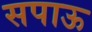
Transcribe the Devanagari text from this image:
सपाऊ